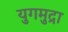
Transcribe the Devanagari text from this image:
युगमुद्रा